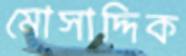
মোসাদ্দিক